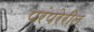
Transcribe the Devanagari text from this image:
परंपरेरील